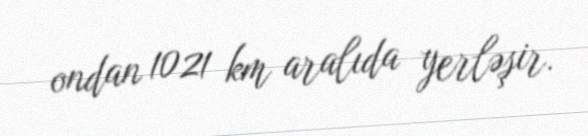
ondan 1021 km aralıda yerləşir.